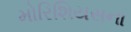
મોરિશિયસના